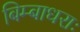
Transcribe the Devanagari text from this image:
बिम्बाधराः